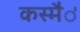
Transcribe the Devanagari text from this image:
कस्मै॑